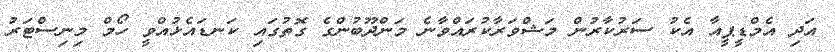
އަދި އެމްޑީޕީއާ އެކު ސަރުކާރުން މަޝްވަރާކުރައްވާނެ މަންދޫބުންގެ ގޮތުގައި ކަނޑައެޅުއްވީ ހޯމް މިނިސްޓަރު